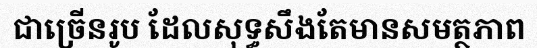
ជាច្រើនរូប ដែលសុទ្ធសឹងតែមានសមត្ថភាព